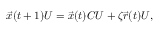
\begin{array} { r } { \vec { x } ( t + 1 ) U = \vec { x } ( t ) C U + \zeta \vec { r } ( t ) U , } \end{array}